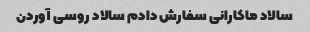
سالاد ماکارانی سفارش دادم سالاد روسی آوردن